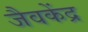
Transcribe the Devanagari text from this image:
जैवकेंद्र